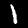
Label: 1